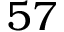
5 7